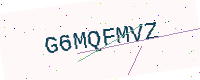
Text: G6MQFMVZ